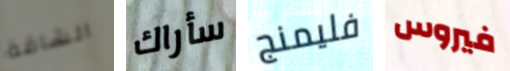
الشاقة سأراك فليمنج فيروس